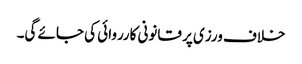
خلاف ورزی پر قانونی کارروائی کی جائے گی۔